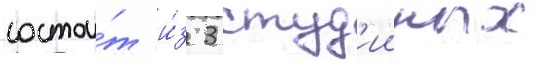
состои́т и́з 3 студ'ииных